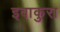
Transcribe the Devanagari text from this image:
इवाकुरा